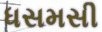
ધસમસી